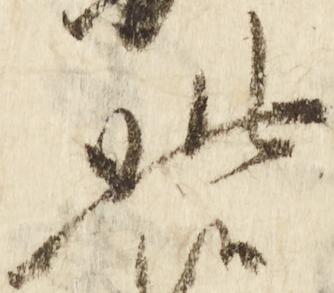
此